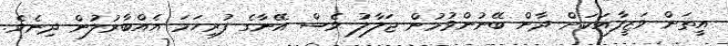
އީތަން ވަޒީފާއަކަށް ދާން ބޭނުންވުމުން ޖަލާލު ވެސް އޭނާގެ ފުރިހަމަ އެއްބާރުލުން ދިނެވެ.